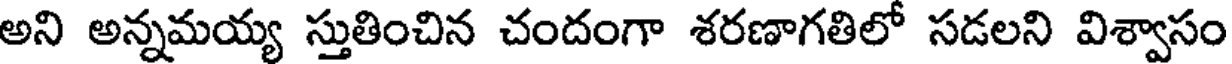
అని అన్నమయ్య స్తుతించిన చందంగా శరణాగతిలో సడలని విశ్వాసం